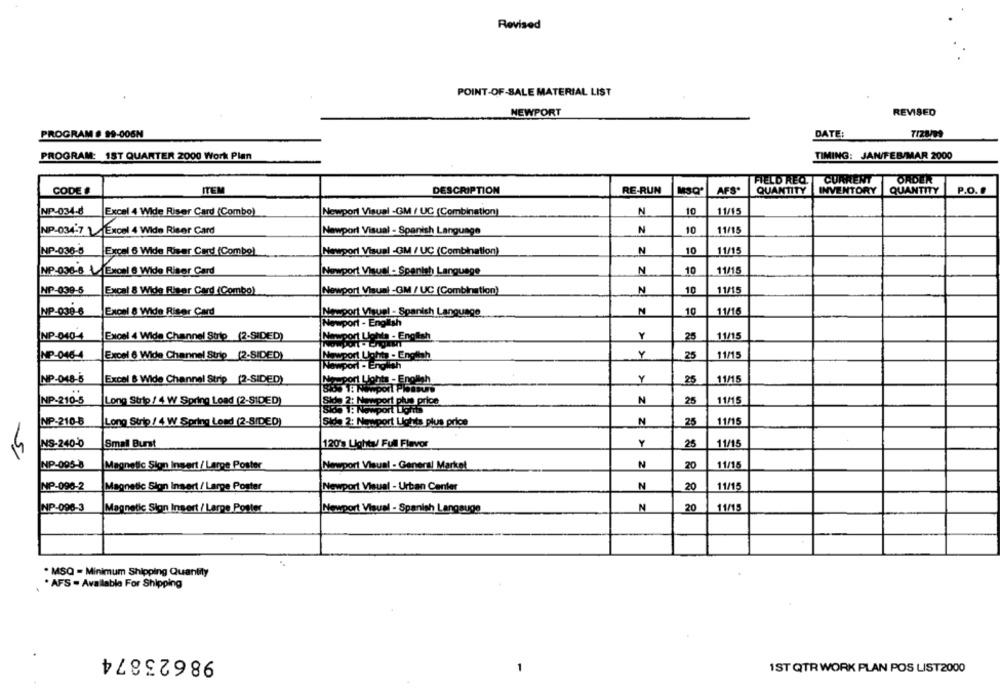
Revised
POINT-OF-SALE MATERIAL LIST
NEWPORT
REVISED
PROGRAM # 99-006N
DATE:
PROGRAM: 1ST QUARTER 2000 Work Plan
TIMING: JAN/FEB/MAR 2000
CURRENT
FIELD REQ.
ORDER
CODE #
ITEM
DESCRIPTION
RE-RUN
AFS.
QUANTITY
INVENTORY
QUANTITY
P.O.
NP-034-8
Excel 4 Wide Riser Card (Combo)
Newport Visual -GM / UC (Combination]
N
10
11/15
N
10
11/15
NP-034-7 1Excel 4 Wide Riser Card
Newport Visual - Spanish Language
NP-036-5
N
10
11/15
Excel 6 Wide Riser Card (Combo)
Newport Visual -GM / UC (Combination)
N
10
11/15
NP-036-6 (Excel & Wide Riser Card
Newport Visuel - Spanish Language
NP-039-5
Excel 8 Wide Riser Card (Combo)
Newport Visual -GM / UC (Combination)
N
10
11/15
NP-039-6
Excel 8 Wide Riser Card
Newport Visuel - Spanish Language
N
10
11/16
Newport - English
NP-040-4
Excel 4 Wide Channel Strip (2-SIDED)
Newport Lights - English
Y
25
11/15
Y
11/15
NP-046-4
Excel 6 Wide Channel Strip (2-SIDED)
kawport Lights - English
25
Nowport - English
NP-04.8-5
Excel & Wide Channel Strip (2-SIDED)
Masport Lights - English
25
11/15
85 1: Newport Pleasure
NP-210-5
Long Strip / 4 W Spring Load (2-SIDED)
Side 2: Newport plus price
N
25
11/15
31de 1: Newport Lights
NP-210-8
Long Strip / 4 W Spring Load (2-SIDED)
Side 2: Nemsport Lights plus price
N
25
11/15
NS-240-0
Smal Burst
120's Lights/ Full Flavor
25
11/15
N
11/15
NP-005-8
Magnetic Sign Insert / Large Poster
Newport Visual - General Market
20
N
11/15
NP-096-2
Magnetic Sion Insert / Larpe Poster
Newport Visual - Urban Center
20
NP-096-3
Magnetic Sign Insert / Larpe Poster
Visual - Spanish Langauge
N
20
11/15
. MSQ = Minimum Shipping Quantity
* AFS - Available For Shipping
98623874
-
1ST QTR WORK PLAN POS LIST2000